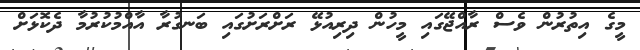
މީގެ އިތުރުން ވެސް ރާއްޖޭގައި މީހުން ދިރިއުޅޭ ރަށްރަށުގައި ބަނގުރާ އާއްމުކުރުމާ ދެކޮޅަށް